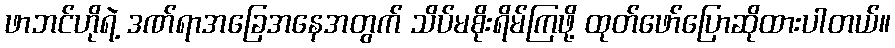
ဖာဘင်ဟိုရဲ့ ဒဏ်ရာအခြေအနေအတွက် သိပ်မစိုးရိမ်ကြဖို့ ထုတ်ဖော်ပြောဆိုထားပါတယ်။